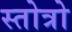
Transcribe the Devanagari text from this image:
स्तोत्रो